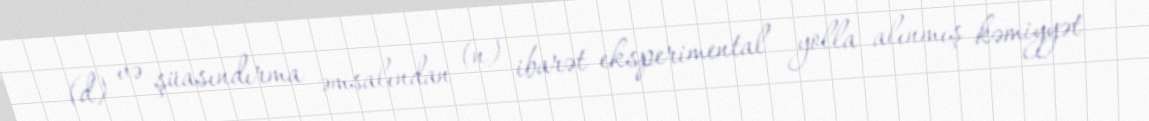
(d) və şüasındırma əmsalından (n) ibarət eksperimental yolla alınmış kəmiyyət